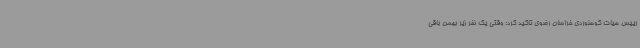
رییس هیات کوهنوردی خراسان رضوی تاکید کرد: وقتی یک نفر زیر بهمن باقی